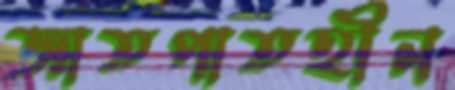
জাতপাতহীন